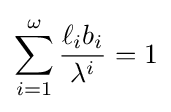
\sum _{i=1}^{\omega }{\frac {\ell _{i}b_{i}}{\lambda ^{i}}}=1